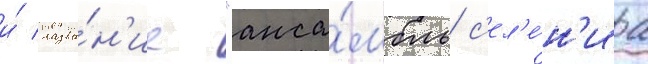
и́ назва́н'ие "анса́мбль с'ел'е́н'иа